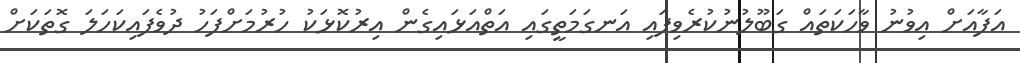
އަފާއަށް އިވުނު ވާހަކަތައް ގަބޫލުނުކުރެވިފައި އަނގަމަތީގައި އަތްއަޅައިގެން އިރުކޮޅަކު ހުރުމަށްފަހު ދުވެފައިކަހަލަ ގޮތަކަށް